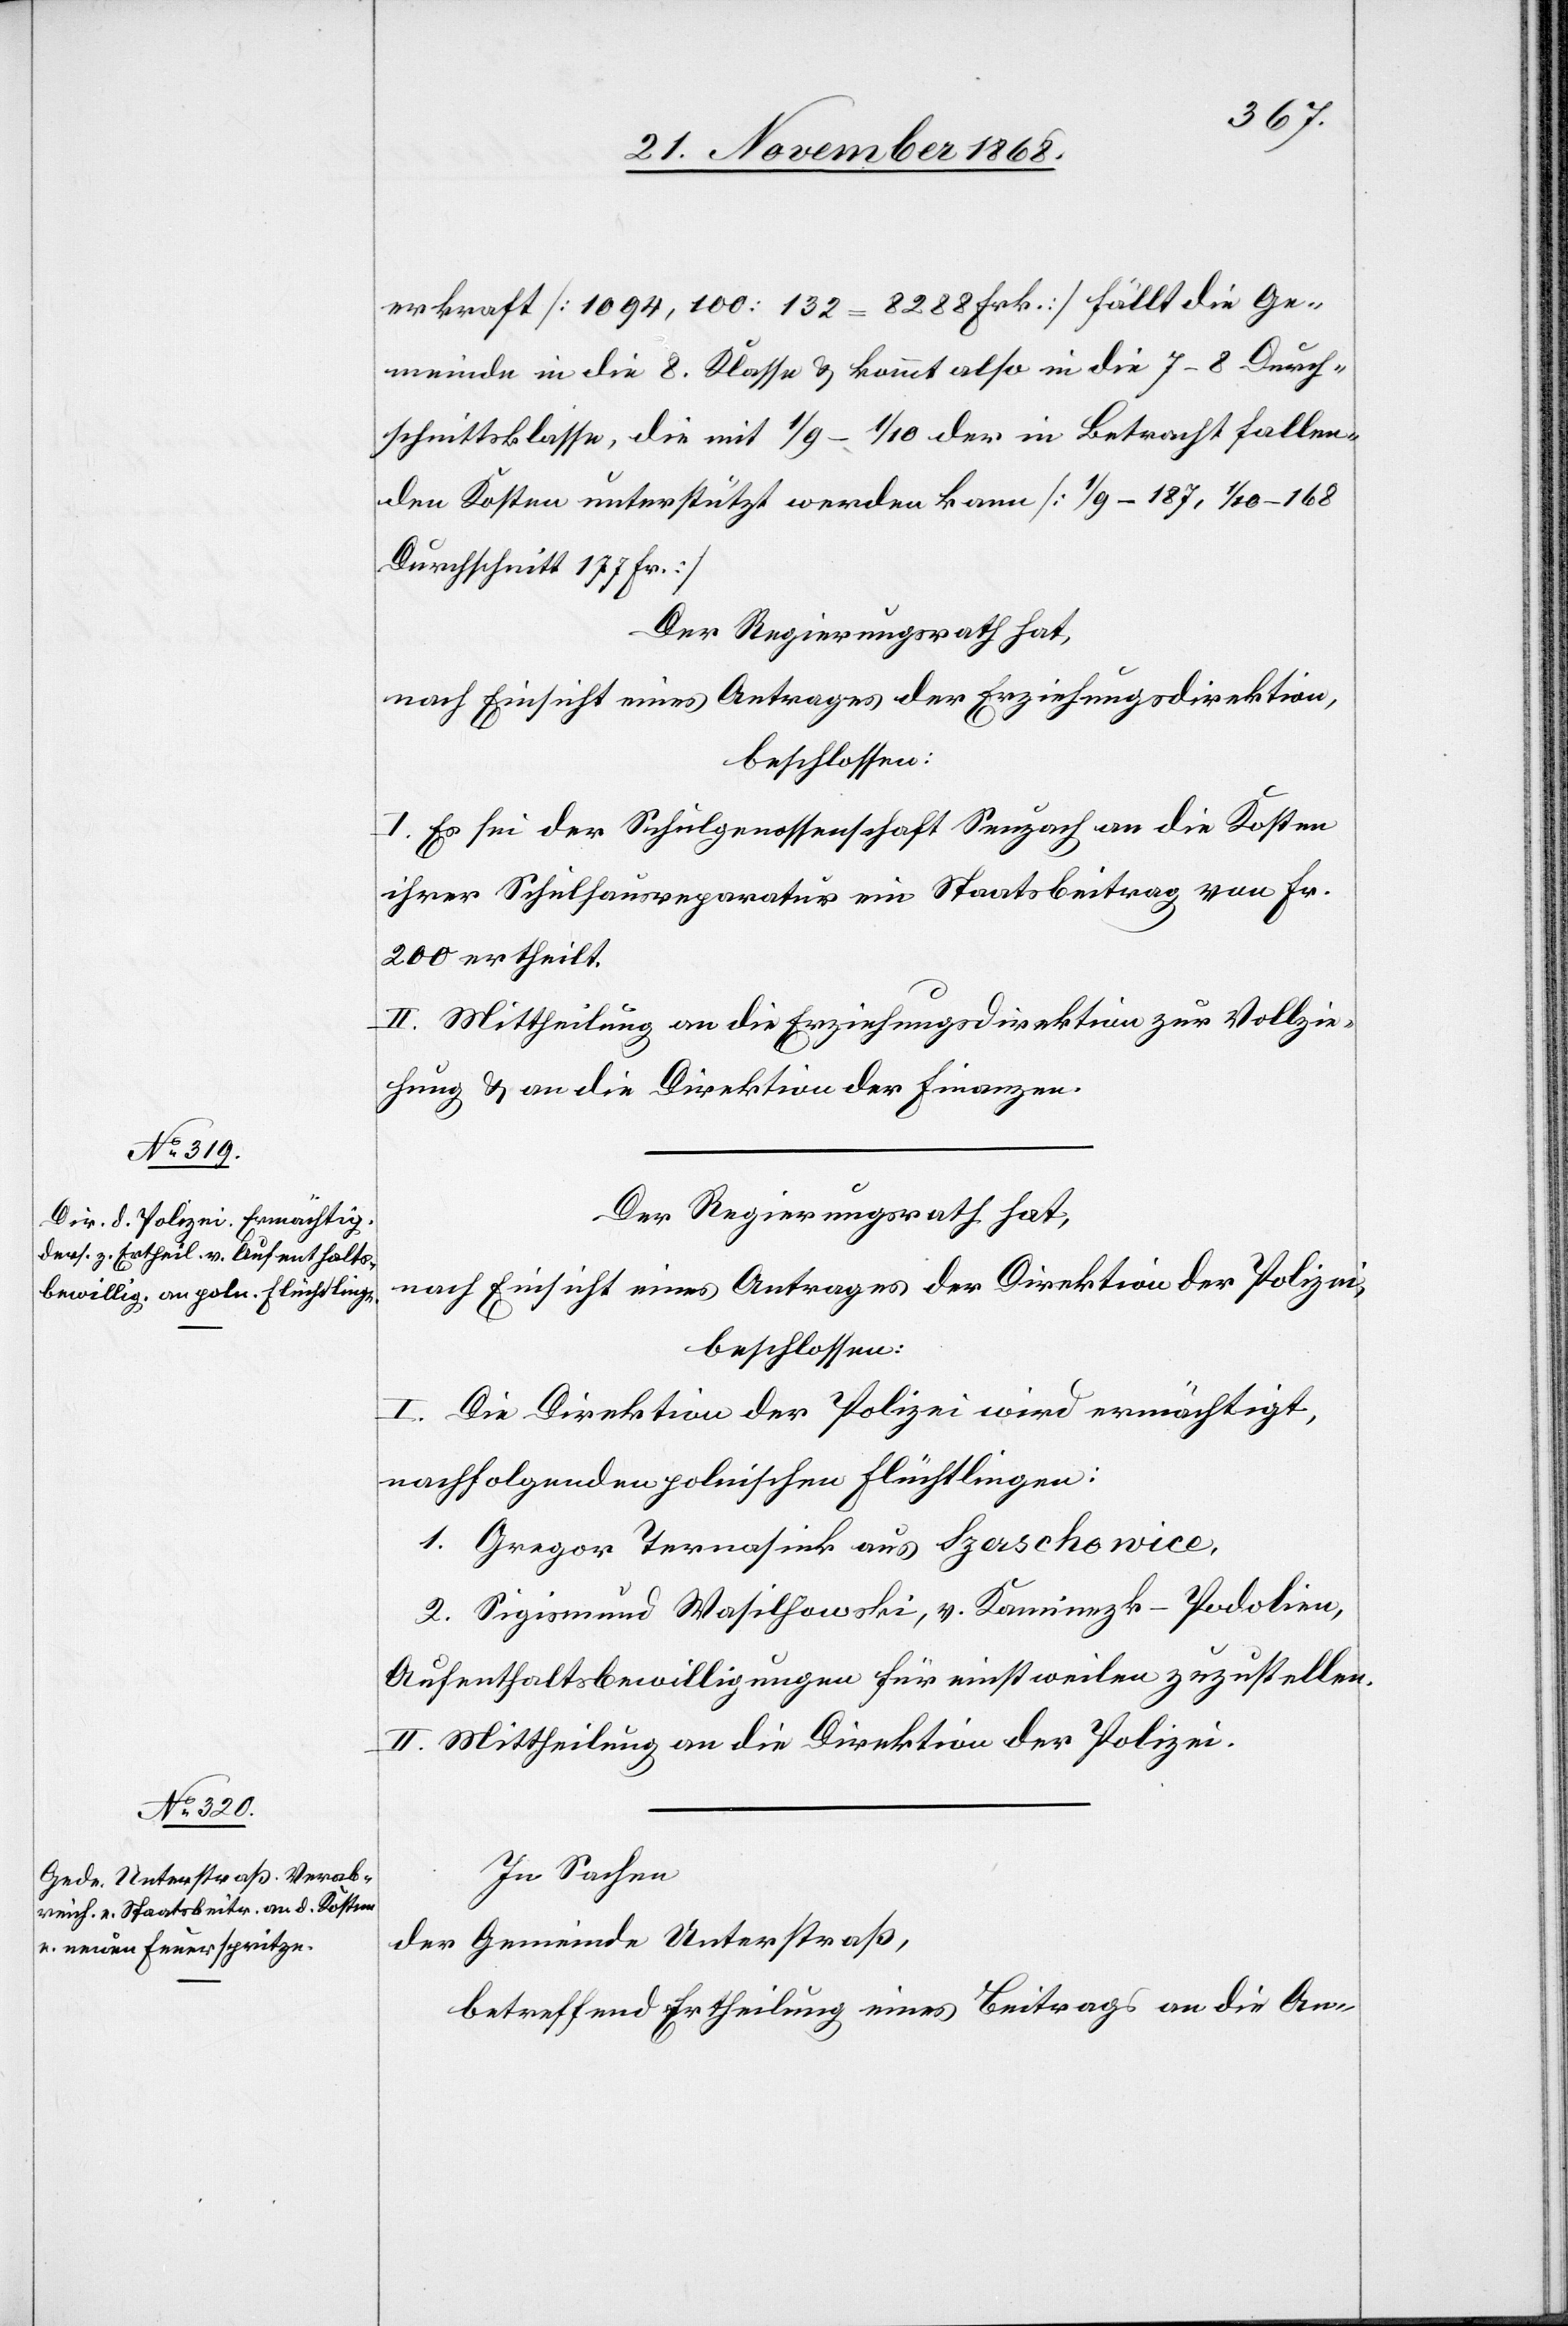
erkraft [1094,100 : 132 = 8288 Frk.] fällt die Ge¬
meinde in die 8. Klasse & kommt also in die 7–8 Durch¬
schnittsklasse, die mit 1/9–1/10 der in Betracht fallen¬
den Kosten unterstützt werden kann [1/9 – 187, 1/10 – 168
Durchschnitt 177 Fr.]
Der Regierungsrath hat,
nach Einsicht eines Antrages der Erziehungsdirektion,
beschlossen:
I. Es sei der Schulgenossenschaft Seuzach an die Kosten
ihrer Schulhausreparatur ein Staatsbeitrag von Fr.
200 ertheilt.
II. Mittheilung an die Erziehungsdirektion zur Vollzie¬
hung & an die Direktion der Finanzen.
Der Regierungsrath hat,
nach Einsicht eines Antrages der Direktion der Polizei,
beschlossen:
I. Die Direktion der Polizei wird ermächtigt,
nachfolgenden polnischen Flüchtlingen:
1. Gregor Ternas[?ni]k aus Szerschowice,
2. Sigismund Wasilhowski, v. Kaminezk - Podolien,
Aufenthaltsbewilligungen für einstweilen zuzustellen.
II. Mittheilung an die Direktion der Polizei.
In Sachen
der Gemeinde Unterstraß,
betreffend Ertheilung eines Beitrags an die An-